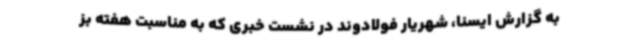
به گزارش ایسنا، شهریار فولادوند در نشست خبری که به مناسبت هفته بز